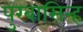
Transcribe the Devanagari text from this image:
पुरबासिन्ह